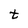
Character: t